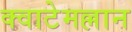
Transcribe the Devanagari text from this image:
क्वाटेमल्लान